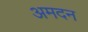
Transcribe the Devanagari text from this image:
अमदन